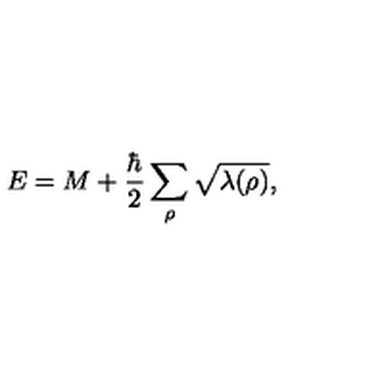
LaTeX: E = M + { \frac { \hbar } { 2 } } \sum _ { \rho } \sqrt { \lambda ( \rho ) } ,